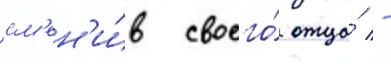
см'ен'и́в своего́ отца́ -